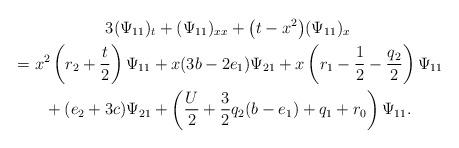
LaTeX: \begin{gather*} 3(\Psi_{11})_t+(\Psi_{11})_{xx}+\big(t-x^2\big)(\Psi_{11})_x\\{} = x^2\left(r_2+\frac{t}{2}\right)\Psi_{11} +x(3b-2e_1)\Psi_{21}+x \left(r_1-\frac{1}{2}-\frac{q_2}{2}\right)\Psi_{11}\\{} +(e_2+3c)\Psi_{21}+\left(\frac{U}{2} + \frac{3}{2}q_2(b-e_1) + q_1 + r_0\right)\Psi_{11}.\end{gather*}